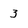
Character: 3